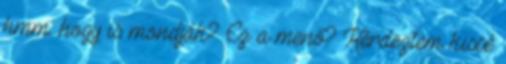
hmm. hogy is mondják? Ez a menő? Kérdeztem kissé